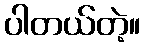
ပါတယ်တဲ့။